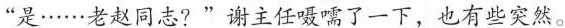
“是······老赵同志?”谢主任嗫需了一下，也有些突然。